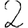
Digit: 2